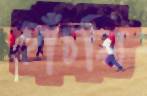
হাঁচলি